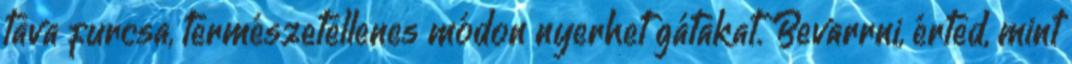
tava furcsa, természetellenes módon nyerhet gátakat. Bevarrni, érted, mint